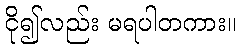
ငို၍လည်း မရပါတကား။